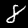
Label: 8